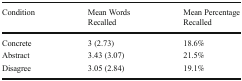
<table><thead><tr><td><b>Condition</b></td><td><b>Mean Words Recalled</b></td><td><b>Mean Percentage Recalled</b></td></tr></thead><tbody><tr><td>Concrete</td><td>3 (2.73)</td><td>18.6%</td></tr><tr><td>Abstract</td><td>3.43 (3.07)</td><td>21.5%</td></tr><tr><td>Disagree</td><td>3.05 (2.84)</td><td>19.1%</td></tr></tbody></table>